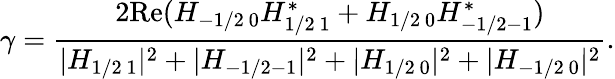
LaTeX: \gamma=\frac{2\mathrm{Re}(H_{-1/2~0}H_{1/2~1}^{*}+H_{1/2~0}H_{-1/2-1}^{*})}{|H_{1/2~1}|^{2}+|H_{-1/2-1}|^{2}+|H_{1/2~0}|^{2}+|H_{-1/2~0}|^{2}}.